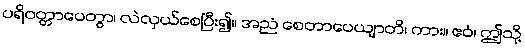
ပရိဝတ္တာပေတွာ၊ လဲလှယ်စေပြီး၍။ အညံ စေတာပေယျာတိ၊ ကား။ ဧဝံ၊ ဤသို့